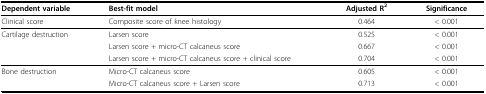
| Dependent variable | Best-fit model | Adjusted R2 | Significance |
 | --- | --- | --- | --- |
 | Clinical score | Composite score of knee histology | 0.464 | < 0.001 |
 | Cartilage destruction | Larsen score | 0.525 | < 0.001 |
 |  | Larsen score + micro-CT calcaneus score | 0.667 | < 0.001 |
 |  | Larsen score + micro-CT calcaneus score + clinical score | 0.704 | < 0.001 |
 | Bone destruction | Micro-CT calcaneus score | 0.605 | < 0.001 |
 |  | Micro-CT calcaneus score + Larsen score | 0.713 | < 0.001 |